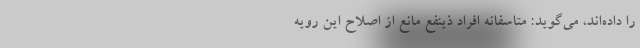
را داده‌اند، می‌گوید: متاسفانه افراد ذینفع مانع از اصلاح این رویه